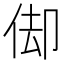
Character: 㑢